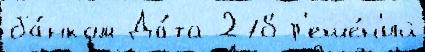
ба́нком Да́та 278 р'еше́н'ий